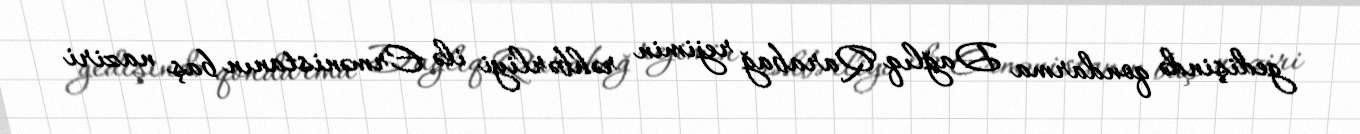
gedişində qondarma Dağlıq Qarabağ rejimin rəhbərliyi ilə Ermənistanın baş naziri